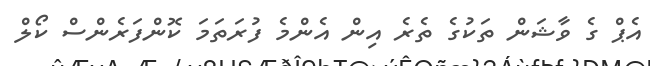
އެޕް ގެ ވާޝަން ތަކުގެ ތެރެ އިން އެންމެ ފުރަތަމަ ކޮންފަރެންސް ކޯލް